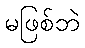
မဖြစ်ဘဲ